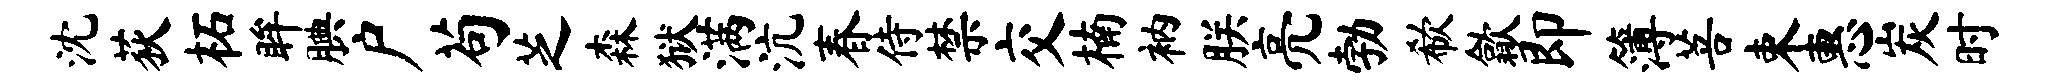
沈荻柘眸腆户苟芝森狱满沆春侍禁交楠衲朕亮勃欷歙即簿菩束惠炭时